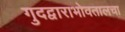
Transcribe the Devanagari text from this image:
गुदद्वाराभोवतालचा